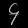
Digit: ၄